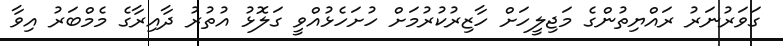
ގަވަރުނަރު ރައްޔިތުންގެ މަޖިލީހަށް ހާޒިރުކުރުމަށް ހުށަހެޅުއްވީ ގަލޮޅު އުތުރު ދާއިރާގެ މެމްބަރު އިވާ